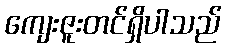
ကျေးဇူးတင်ရှိပါသည်